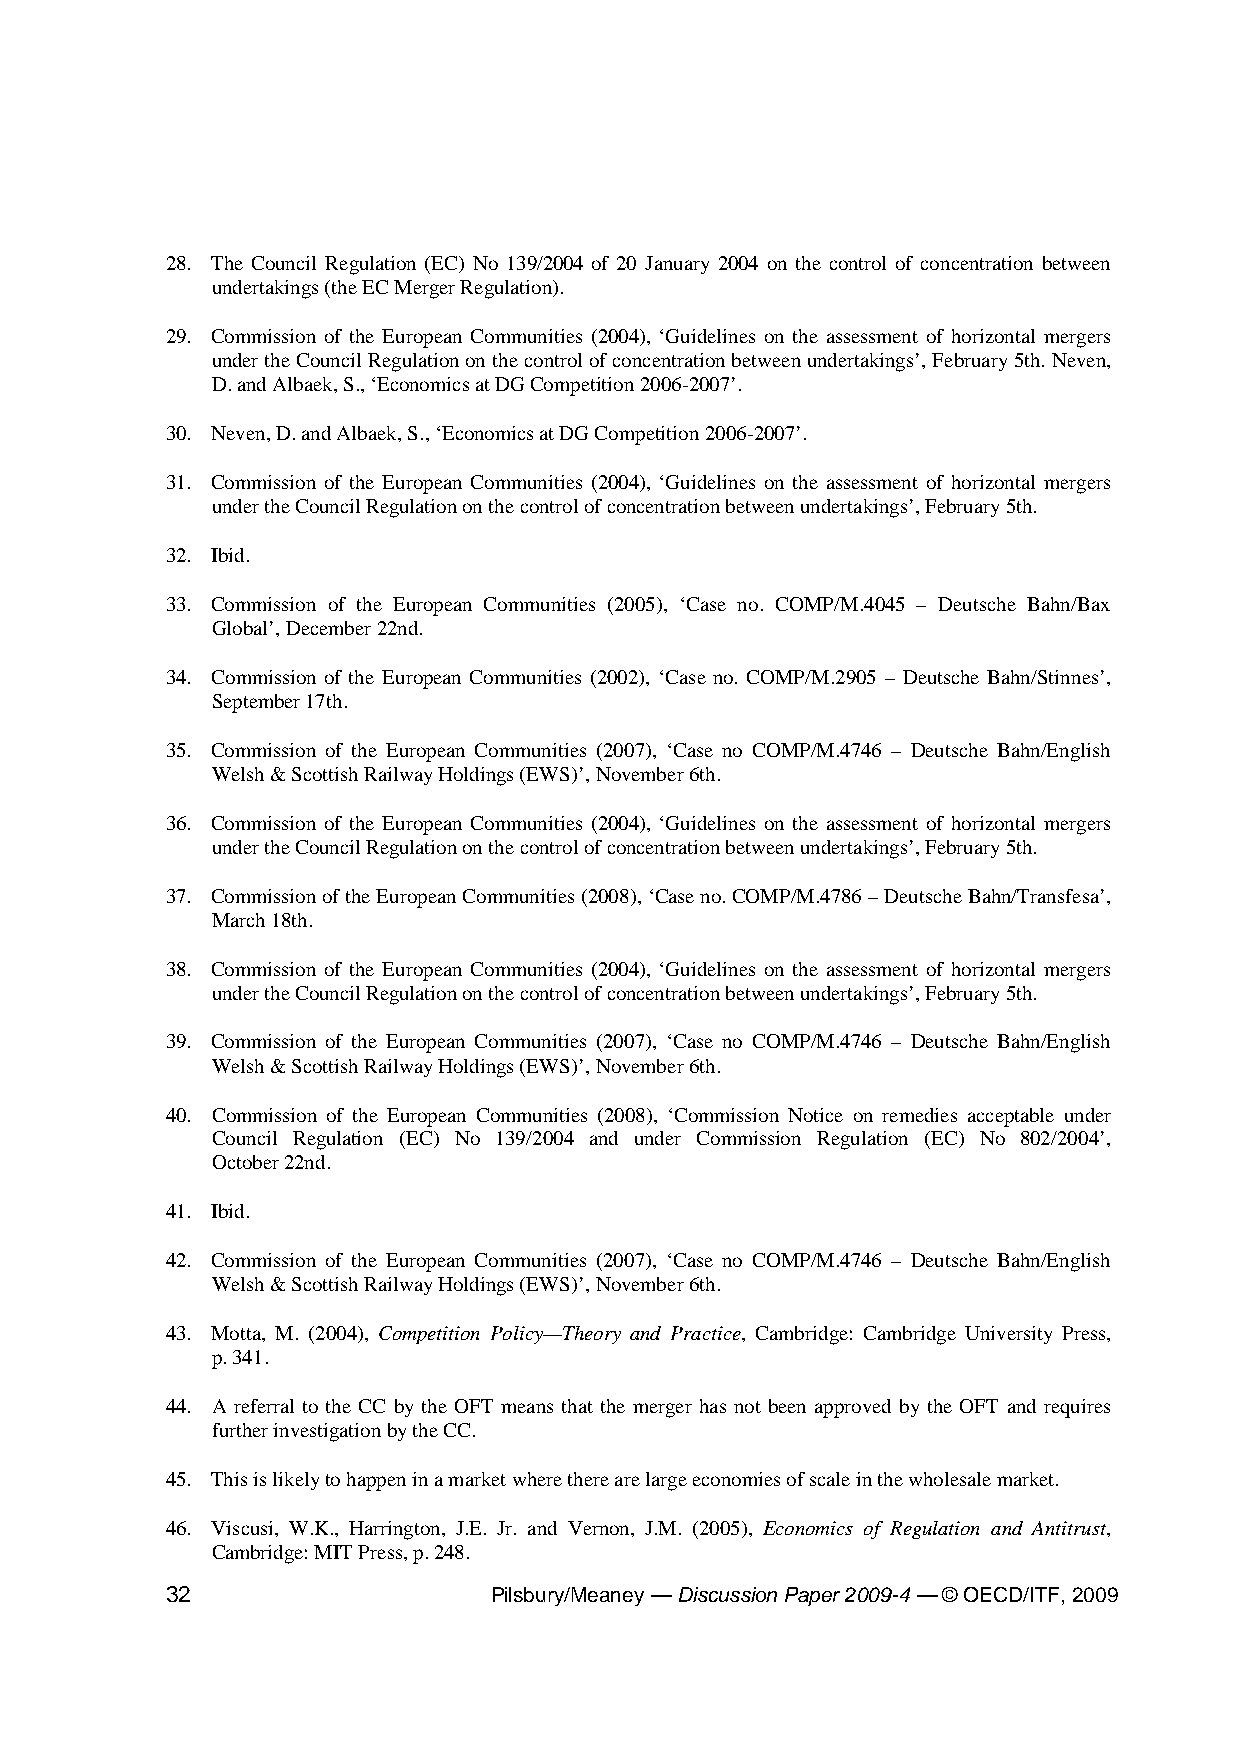
28. The Council Regulation (EC) No 139/2004 of 20 January 2004 on the control of concentration between
 undertakings (the EC Merger Regulation).
 29. Commission of the European Communities (2004), ‘Guidelines on the assessment of horizontal mergers
 under the Council Regulation on the control of concentration between undertakings’, February 5th. Neven,
 D. and Albaek, S., ‘Economics at DG Competition 2006-2007’.
 30. Neven, D. and Albaek, S., ‘Economics at DG Competition 2006-2007’.
 31. Commission of the European Communities (2004), ‘Guidelines on the assessment of horizontal mergers
 under the Council Regulation on the control of concentration between undertakings’, February 5th.
 32. Ibid.
 33. Commission of the European Communities (2005), ‘Case no. COMP/M.4045 – Deutsche Bahn/Bax
 Global’, December 22nd.
 34. Commission of the European Communities (2002), ‘Case no. COMP/M.2905 – Deutsche Bahn/Stinnes’,
 September 17th.
 35. Commission of the European Communities (2007), ‘Case no COMP/M.4746 – Deutsche Bahn/English
 Welsh & Scottish Railway Holdings (EWS)’, November 6th.
 36. Commission of the European Communities (2004), ‘Guidelines on the assessment of horizontal mergers
 under the Council Regulation on the control of concentration between undertakings’, February 5th.
 37. Commission of the European Communities (2008), ‘Case no. COMP/M.4786 – Deutsche Bahn/Transfesa’,
 March 18th.
 38. Commission of the European Communities (2004), ‘Guidelines on the assessment of horizontal mergers
 under the Council Regulation on the control of concentration between undertakings’, February 5th.
 39. Commission of the European Communities (2007), ‘Case no COMP/M.4746 – Deutsche Bahn/English
 Welsh & Scottish Railway Holdings (EWS)’, November 6th.
 40. Commission of the European Communities (2008), ‘Commission Notice on remedies acceptable under
 Council Regulation (EC) No 139/2004 and under Commission Regulation (EC) No 802/2004’,
 October 22nd.
 41. Ibid.
 42. Commission of the European Communities (2007), ‘Case no COMP/M.4746 – Deutsche Bahn/English
 Welsh & Scottish Railway Holdings (EWS)’, November 6th.
 43. Motta, M. (2004), Competition Policy—Theory and Practice, Cambridge: Cambridge University Press,
 p. 341.
 44. A referral to the CC by the OFT means that the merger has not been approved by the OFT and requires
 further investigation by the CC.
 45. This is likely to happen in a market where there are large economies of scale in the wholesale market.
 46. Viscusi, W.K., Harrington, J.E. Jr. and Vernon, J.M. (2005), Economics of Regulation and Antitrust,
 Cambridge: MIT Press, p. 248.
 32                   Pilsbury/Meaney — Discussion Paper 2009-4 — © OECD/ITF, 2009